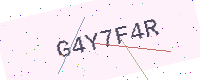
Text: G4Y7F4R